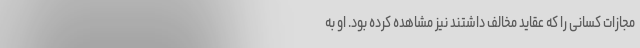
مجازات‌ کسانی را که عقاید مخالف داشتند نیز مشاهده کرده بود. او به